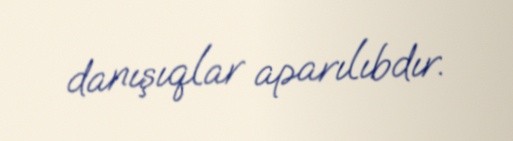
danışıqlar aparılıbdır.